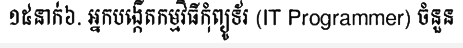
១៥នាក់៦. អ្នកបង្កើតកម្មវិធីកុំព្យូទ័រ (IT Programmer) ចំនួន